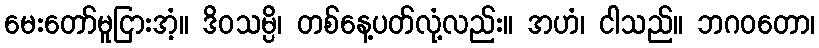
မေးတော်မူငြားအံ့။ ဒိဝသမ္ပိ၊ တစ်နေ့ပတ်လုံ့လည်း။ အဟံ၊ ငါသည်။ ဘဂဝတော၊